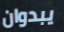
يبدوان